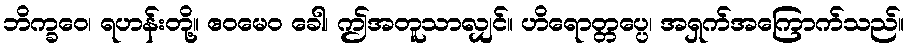
ဘိက္ခဝေ၊ ရဟန်းတို့။ ဧဝမေဝ ခေါ၊ ဤအတူသာလျှင်။ ဟိရောတ္တပ္ပေ၊ အရှက်အကြောက်သည်။